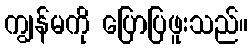
ကျွန်မကို ပြောပြဖူးသည်။